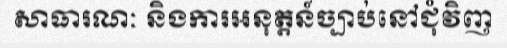
សាធារណៈ និងការអនុត្តន៍ច្បាប់នៅជុំវិញ